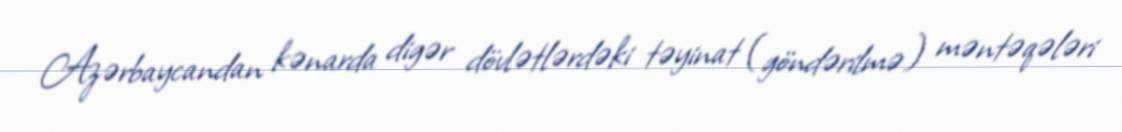
Azərbaycandan kənarda digər dövlətlərdəki təyinat (göndərilmə) məntəqələri